Insane asylums Bombay 1873-77 - 1873-1877
Year: 1873
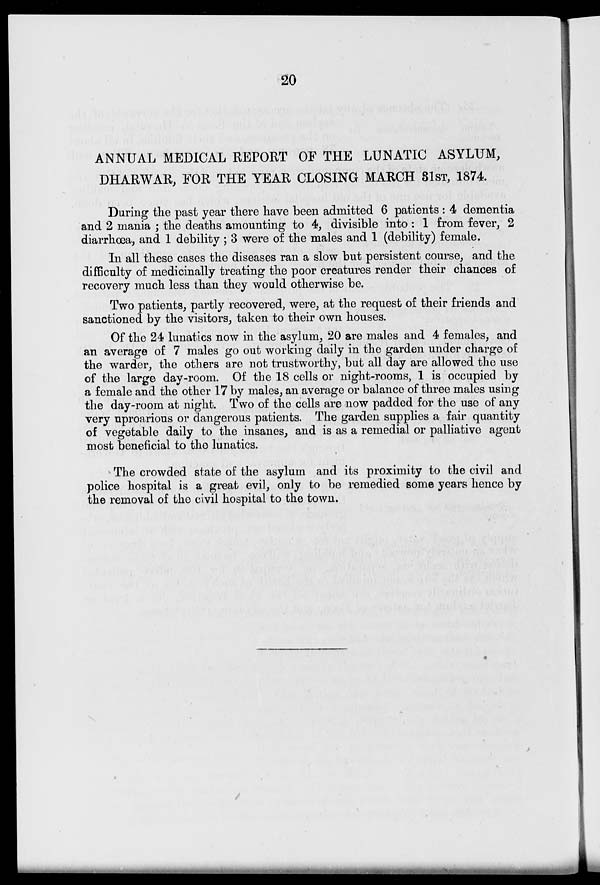
20
ANNUAL MEDICAL REPORT OF THE LUNATIC ASYLUM,
DHARWAR, FOR THE YEAR CLOSING MARCH 31ST, 1874.
During the past year there have been admitted 6 patients : 4 dementia
and 2 mania ; the deaths amounting to 4, divisible into : 1 from fever, 2
diarrhœa, and 1 debility ; 3 were of the males and 1 (debility) female.
In all these cases the diseases ran a slow but persistent course, and the
difficulty of medicinally treating the poor creatures render their chances of
recovery much less than they would otherwise be.
Two patients, partly recovered, were, at the request of their friends and
sanctioned by the visitors, taken to their own houses.
Of the 24 lunatics now in the asylum, 20 are males and 4 females, and
an average of 7 males go out working daily in the garden under charge of
the warder, the others are not trustworthy, but all day are allowed the use
of the large day-room. Of the 18 cells or night-rooms, 1 is occupied by
a female and the other 17 by males, an average or balance of three males using
the day-room at night. Two of the cells are now padded for the use of any
very uproarious or dangerous patients. The garden supplies a fair quantity
of vegetable daily to the insanes, and is as a remedial or palliative agent
most beneficial to the lunatics.
The crowded state of the asylum and its proximity to the civil and
police hospital is a great evil, only to be remedied some years hence by
the removal of the civil hospital to the town.